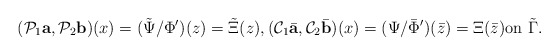
\begin{align*}(\mathcal P_1 {\mbox{\bf a}},\mathcal P_2 {\mbox{\bf b}})(x)=(\tilde\Psi/\Phi')(z)=\tilde\Xi(z),(\mathcal C_1 \bar{\mbox{\bf a}},\mathcal C_2\bar {\mbox{\bf b}})(x)=(\Psi/\bar\Phi')(\bar z)=\Xi (\bar z)\mbox{on}\,\,\tilde \Gamma.\end{align*}